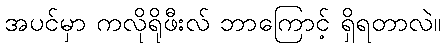
အပင်မှာ ကလိုရိုဖီးလ် ဘာကြောင့် ရှိရတာလဲ။